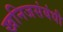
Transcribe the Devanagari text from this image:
खनिजसंबंधी